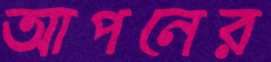
আপনের